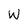
Character: W